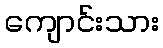
ကျောင်းသား